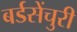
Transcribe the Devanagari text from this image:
बर्डसेंचुरी